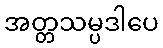
အတ္တသမ္ပဒါပေ